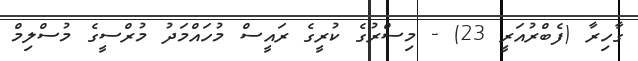
ގާހިރާ (ފެބްރުއަރީ 23) - މިސްރުގެ ކުރީގެ ރައީސް މުހައްމަދު މުރްސީގެ މުސްލިމް